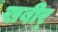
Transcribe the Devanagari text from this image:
खबीर्